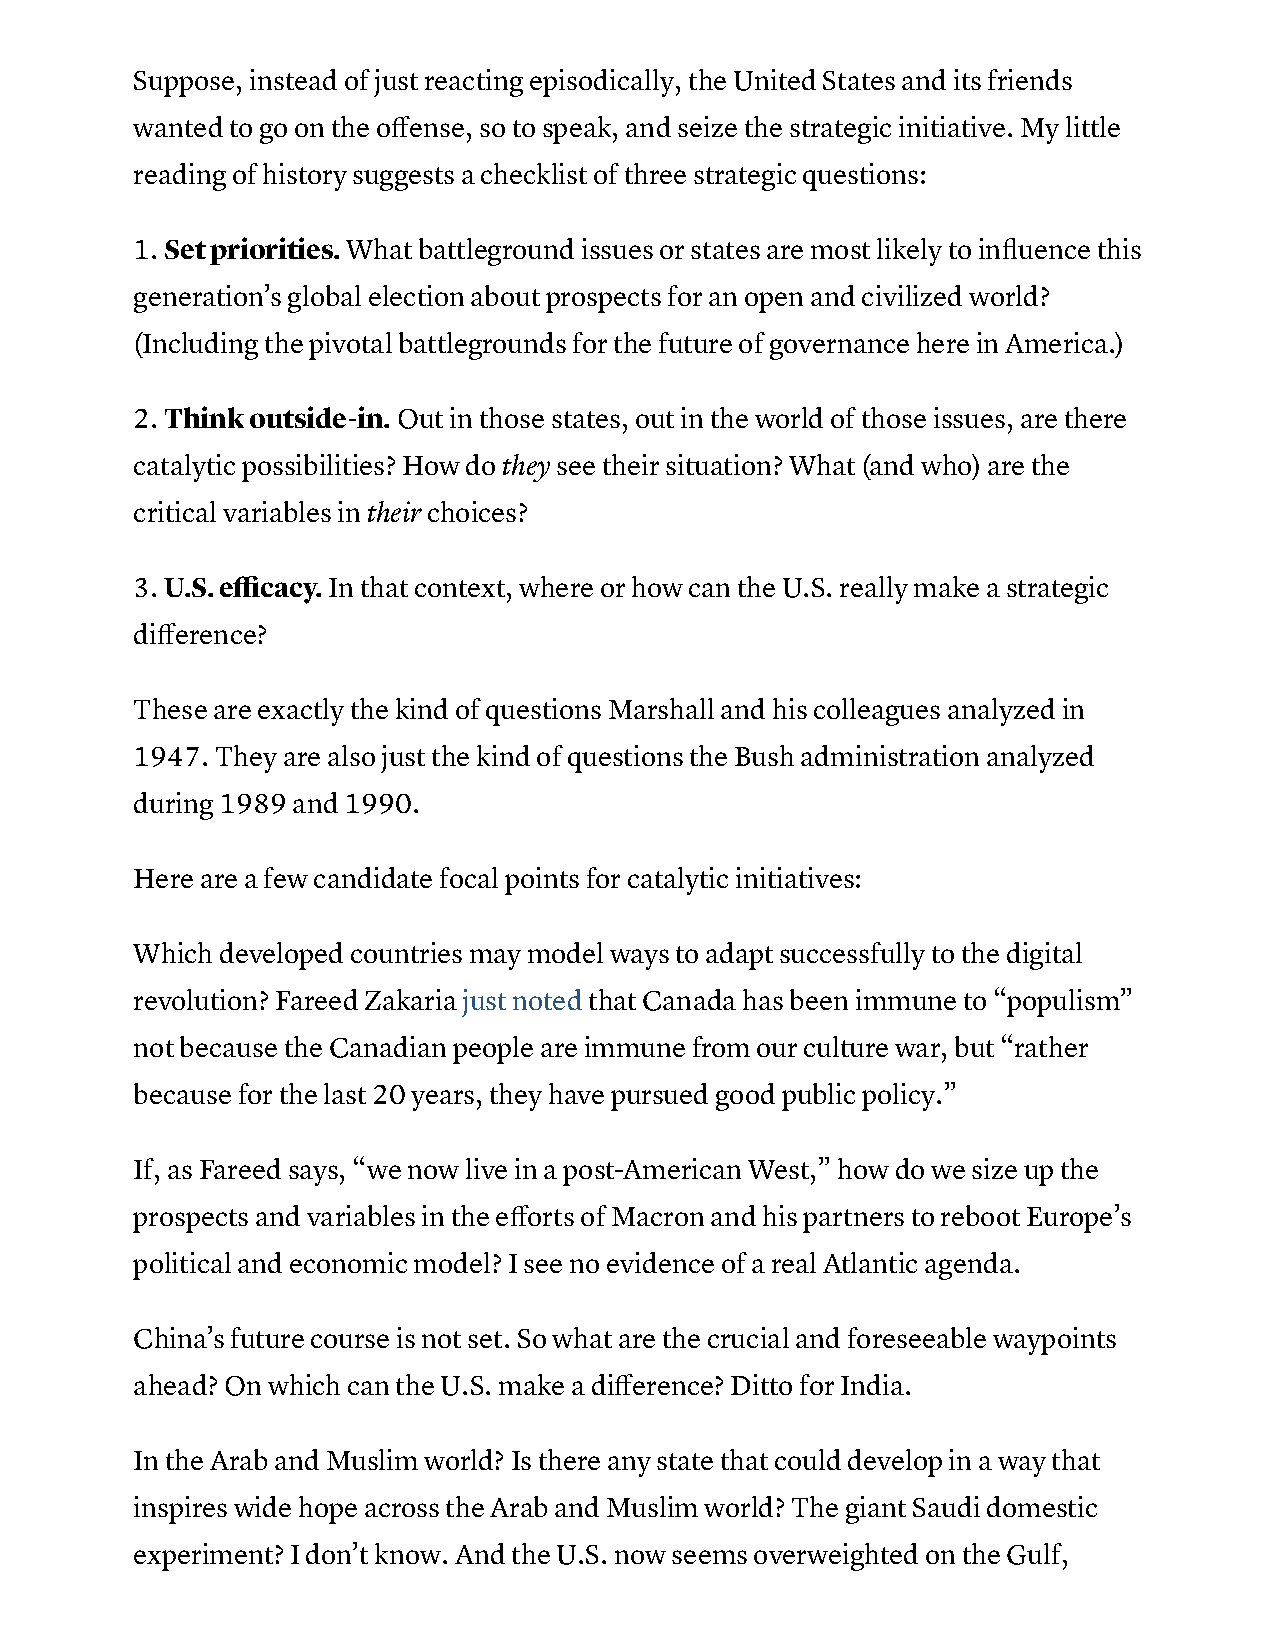
Suppose, instead of just reacting episodically, the United States and its friends
 wanted to go on the offense, so to speak, and seize the strategic initiative. My little
 reading of history suggests a checklist of three strategic questions:
 1. Set priorities. What battleground issues or states are most likely to influence this
 generation’s global election about prospects for an open and civilized world?
 (Including the pivotal battlegrounds for the future of governance here in America.)
 2. Think outside-in. Out in those states, out in the world of those issues, are there
 catalytic possibilities? How do they see their situation? What (and who) are the
 critical variables in their choices?
 3. U.S. efficacy. In that context, where or how can the U.S. really make a strategic
 difference?
 These are exactly the kind of questions Marshall and his colleagues analyzed in
 1947. They are also just the kind of questions the Bush administration analyzed
 during 1989 and 1990.
 Here are a few candidate focal points for catalytic initiatives:
 Which developed countries may model ways to adapt successfully to the digital
 revolution? Fareed Zakaria just noted that Canada has been immune to “populism”
 not because the Canadian people are immune from our culture war, but “rather
 because for the last 20 years, they have pursued good public policy.”
 If, as Fareed says, “we now live in a post-American West,” how do we size up the
 prospects and variables in the efforts of Macron and his partners to reboot Europe’s
 political and economic model? I see no evidence of a real Atlantic agenda.
 China’s future course is not set. So what are the crucial and foreseeable waypoints
 ahead? On which can the U.S. make a difference? Ditto for India.
 In the Arab and Muslim world? Is there any state that could develop in a way that
 inspires wide hope across the Arab and Muslim world? The giant Saudi domestic
 experiment? I don’t know. And the U.S. now seems overweighted on the Gulf,